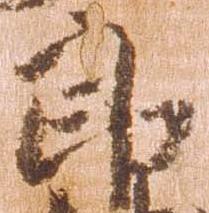
郎